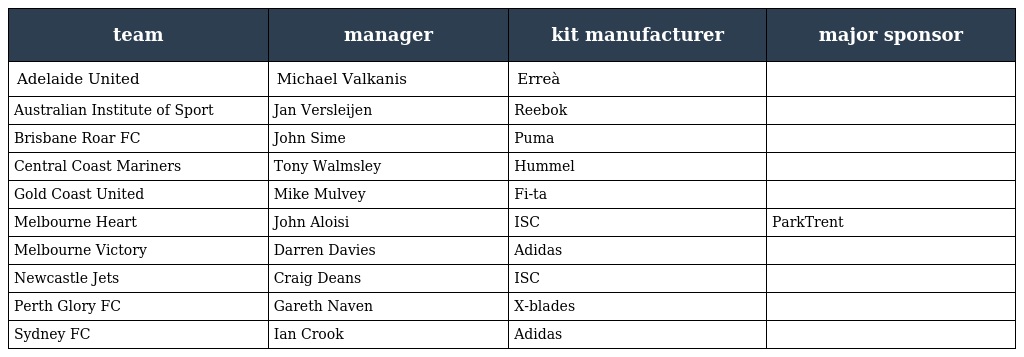
| team | manager | kit manufacturer | major sponsor |
 | --- | --- | --- | --- |
 | Adelaide United | Michael Valkanis | Erreà |  |
 | Australian Institute of Sport | Jan Versleijen | Reebok |  |
 | Brisbane Roar FC | John Sime | Puma |  |
 | Central Coast Mariners | Tony Walmsley | Hummel |  |
 | Gold Coast United | Mike Mulvey | Fi-ta |  |
 | Melbourne Heart | John Aloisi | ISC | ParkTrent |
 | Melbourne Victory | Darren Davies | Adidas |  |
 | Newcastle Jets | Craig Deans | ISC |  |
 | Perth Glory FC | Gareth Naven | X-blades |  |
 | Sydney FC | Ian Crook | Adidas |  |